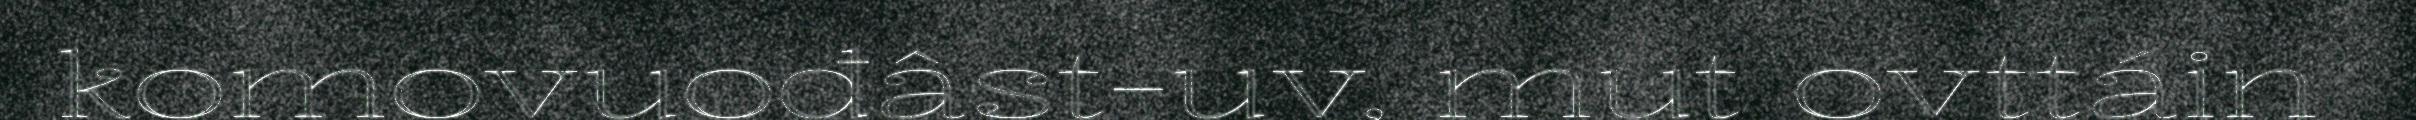
komovuođâst-uv, mut ovttáin